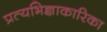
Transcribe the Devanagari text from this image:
प्रत्यभिज्ञाकारिका